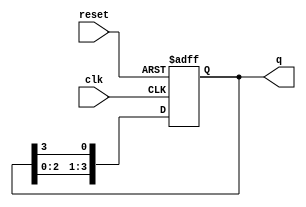
module bistable_ring_counter (
    input wire clk,          // Clock input
    input wire reset,        // Asynchronous reset input
    output reg [N-1:0] q     // Output state of the counter
);
    parameter N = 4; // Number of flip-flops in the ring counter

    // Initial state for the counter
    initial begin
        q = 1'b1; // Set the first flip-flop high, others low
    end

    always @(posedge clk or posedge reset) begin
        if (reset) begin
            q <= 1'b1; // Reset to initial state
        end else begin
            // Shift the high state to the next flip-flop
            q <= {q[N-2:0], q[N-1]}; // Shift left and wrap around
            q[0] <= q[N-1]; // Move the last flip-flop output to the first
        end
    end
endmodule